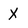
Character: X